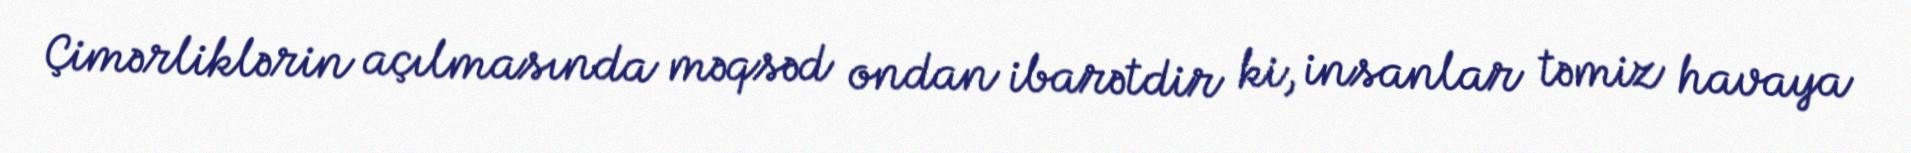
Çimərliklərin açılmasında məqsəd ondan ibarətdir ki, insanlar təmiz havaya